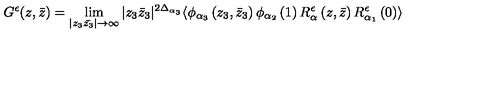
G ^ { \epsilon } ( z , \bar { z } ) = \lim _ { | z _ { 3 } \bar { z _ { 3 } } | \rightarrow \infty } | z _ { 3 } \bar { z } _ { 3 } | ^ { 2 \Delta _ { \alpha _ { 3 } } } \langle \phi _ { \alpha _ { 3 } } \left( z _ { 3 } , \bar { z } _ { 3 } \right) \phi _ { \alpha _ { 2 } } \left( 1 \right) R _ { \alpha } ^ { \epsilon } \left( z , \bar { z } \right) R _ { \alpha _ { 1 } } ^ { \epsilon } \left( 0 \right) \rangle